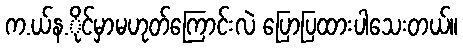
က.ယ်န.ိုင်မှာမဟုတ်ကြောင်းလဲ ပြောပြထားပါသေးတယ်။